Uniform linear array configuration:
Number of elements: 16
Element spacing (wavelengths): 0.5
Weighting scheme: hann
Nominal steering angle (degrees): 15
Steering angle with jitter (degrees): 16.996
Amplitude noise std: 0.05
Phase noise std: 0.05

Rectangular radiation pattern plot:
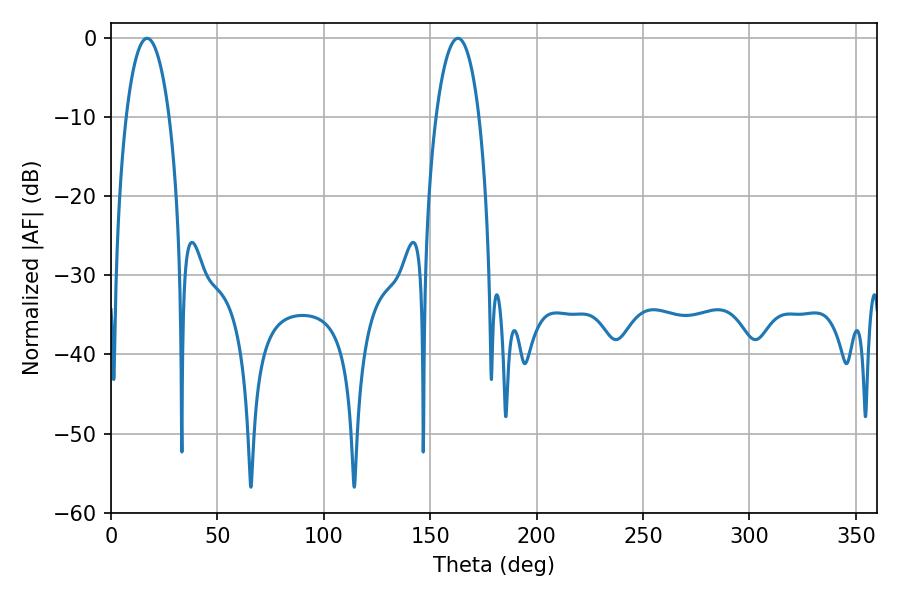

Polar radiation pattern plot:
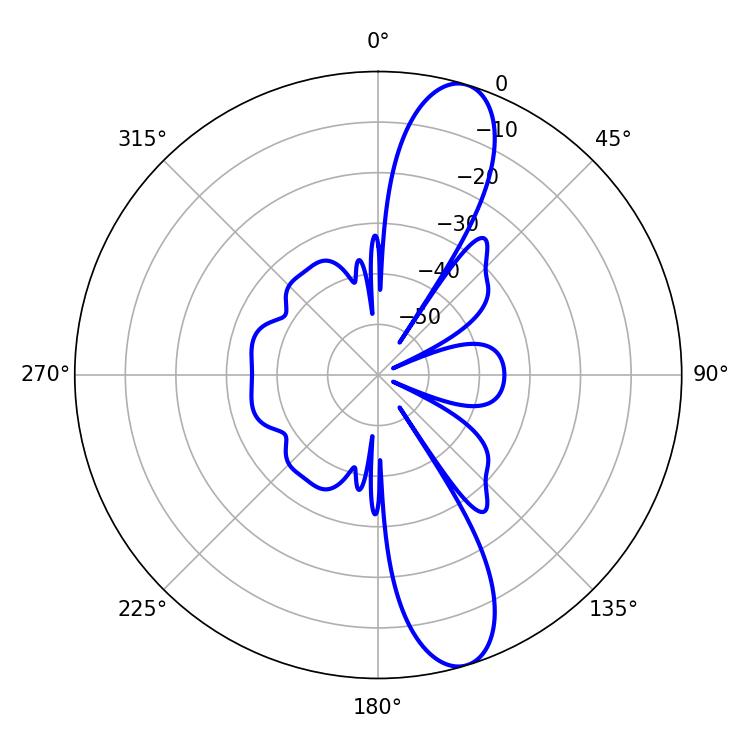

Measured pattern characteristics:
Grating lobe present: FALSE
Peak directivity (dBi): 12.1
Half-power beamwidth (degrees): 11.34
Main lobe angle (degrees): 163.08